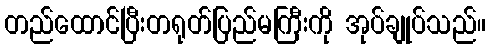
တည်ထောင်ပြီးတရုတ်ပြည်မကြီးကို အုပ်ချုပ်သည်။